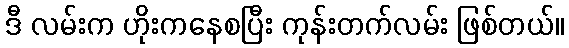
ဒီ လမ်းက ဟိုးကနေစပြီး ကုန်းတက်လမ်း ဖြစ်တယ်။